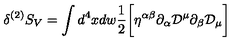
\delta ^ { ( 2 ) } S _ { V } = \int d ^ { 4 } x d w \frac { 1 } { 2 } \biggl [ \eta ^ { \alpha \beta } \partial _ { \alpha } { \cal D } ^ { \mu } \partial _ { \beta } { \cal D } _ { \mu } \biggr ]